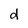
Character: d